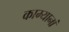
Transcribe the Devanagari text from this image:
काम्यानां